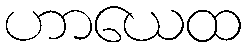
ဟာယေထ